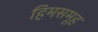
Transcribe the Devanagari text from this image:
हिमसमूह